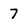
Character: 7